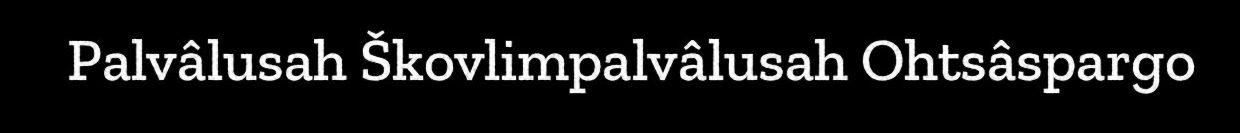
Palvâlusah Škovlimpalvâlusah Ohtsâspargo